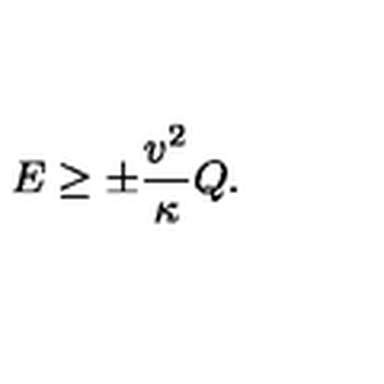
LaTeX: E \ge \pm \frac { v ^ { 2 } } { \kappa } Q .